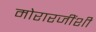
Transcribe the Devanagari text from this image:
मोरारजींशी